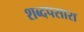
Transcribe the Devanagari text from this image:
शब्दपसारा